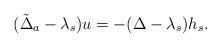
LaTeX: \begin{align*}(\tilde\Delta_a - \lambda_s)u = -(\Delta-\lambda_s)h_s.\end{align*}